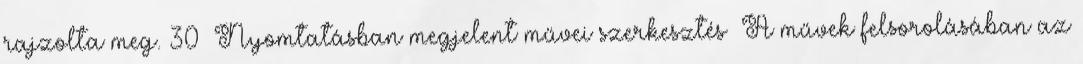
rajzolta meg. 30 Nyomtatásban megjelent művei szerkesztés A művek felsorolásában az